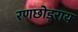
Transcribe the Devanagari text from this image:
रणछोड़राय